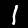
Digit: 1